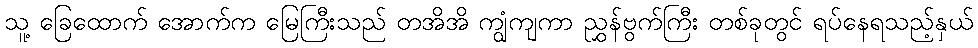
သူ့ ခြေထောက် အောက်က မြေကြီးသည် တအိအိ ကျွံကျကာ ညွှန်ဗွက်ကြီး တစ်ခုတွင် ရပ်နေရသည့်နှယ်